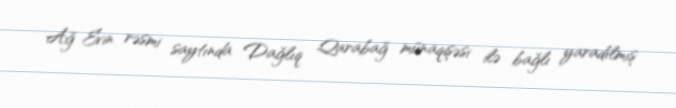
Ağ Evin rəsmi saytında Dağlıq Qarabağ münaqişəsi ilə bağlı yaradılmış